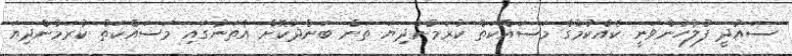
ސައުދީ ފުލުހުންވަނީ ކެއްކުމުގެ މަސައްކަތް ކުރަމުންދިޔަ ތަން ބަންދުކޮށް އެތަނުގައި މަސައްކަތް ކުރަމުންދިޔަ